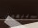
يبيعون